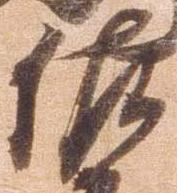
佐